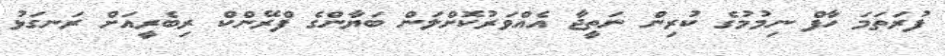
ފުރަތަމަ ހާފް ނިމުމުގެ ކުރިން ނަތީޖާ އެއްވަރުކޮށްލަން ބަޔާންގެ ފްރޭންކް ރިބެރީއަށް ރަނގަޅު